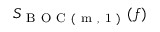
S _ { \mathrm { ~ B ~ O ~ C ~ ( ~ m ~ , ~ 1 ~ ) ~ } } ( f )